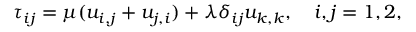
\tau _ { i j } = \mu ( u _ { i , j } + u _ { j , i } ) + \lambda \delta _ { i j } u _ { k , k } , \quad i , j = 1 , 2 ,